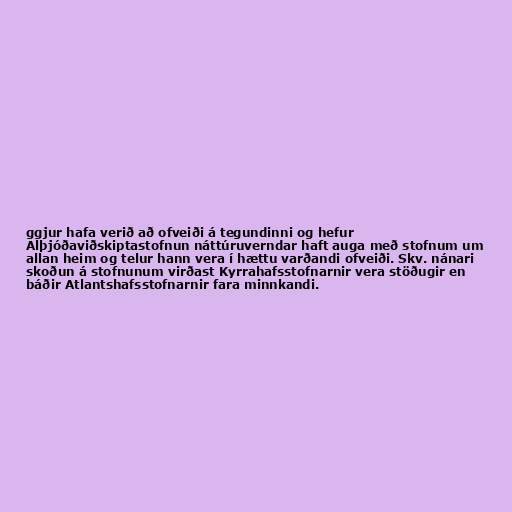
ggjur hafa verið að ofveiði á tegundinni og hefur
Alþjóðaviðskiptastofnun náttúruverndar haft auga með stofnum um
allan heim og telur hann vera í hættu varðandi ofveiði. Skv. nánari
skoðun á stofnunum virðast Kyrrahafsstofnarnir vera stöðugir en
báðir Atlantshafsstofnarnir fara minnkandi.